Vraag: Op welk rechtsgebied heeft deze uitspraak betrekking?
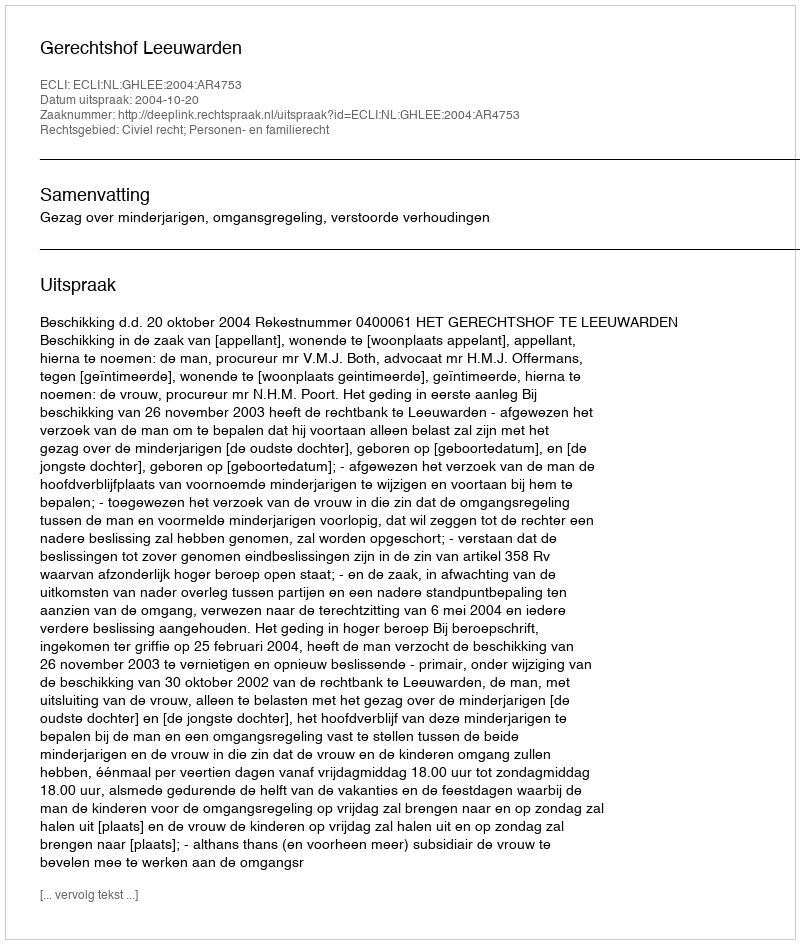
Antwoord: Civiel recht; Personen- en familierecht